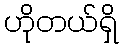
ဟိုတယ်ရှိ